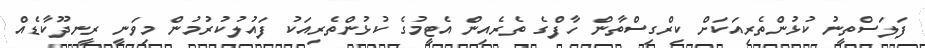
ފަލަސްތީނު ކުޅުންތެރިއަކަށް ކިރްގިސްތާން ހާފްގެ ތެރެއިން އެޓީމުގެ ކުޅުންތެރިއަކު ފައުލުކުރުމުން މިވަނީ ރީނދޫކާޑެއް